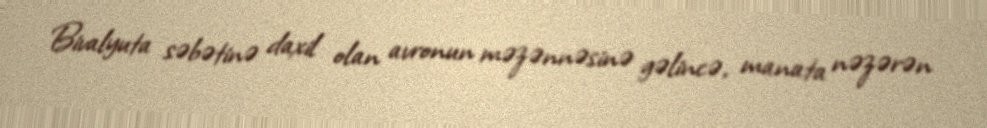
Bivalyuta səbətinə daxil olan avronun məzənnəsinə gəlincə, manata nəzərən